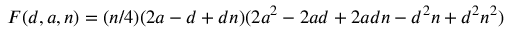
F ( d , a , n ) = ( n / 4 ) ( 2 a - d + d n ) ( 2 a ^ { 2 } - 2 a d + 2 a d n - d ^ { 2 } n + d ^ { 2 } n ^ { 2 } )